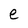
Character: e